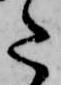
た